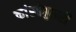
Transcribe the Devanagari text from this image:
कांस्तेबुलरी